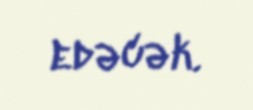
edəcək.